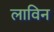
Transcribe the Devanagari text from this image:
लाविन